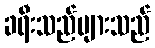
ခရီးသည်များသည်